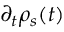
\partial _ { t } \rho _ { s } ( t )